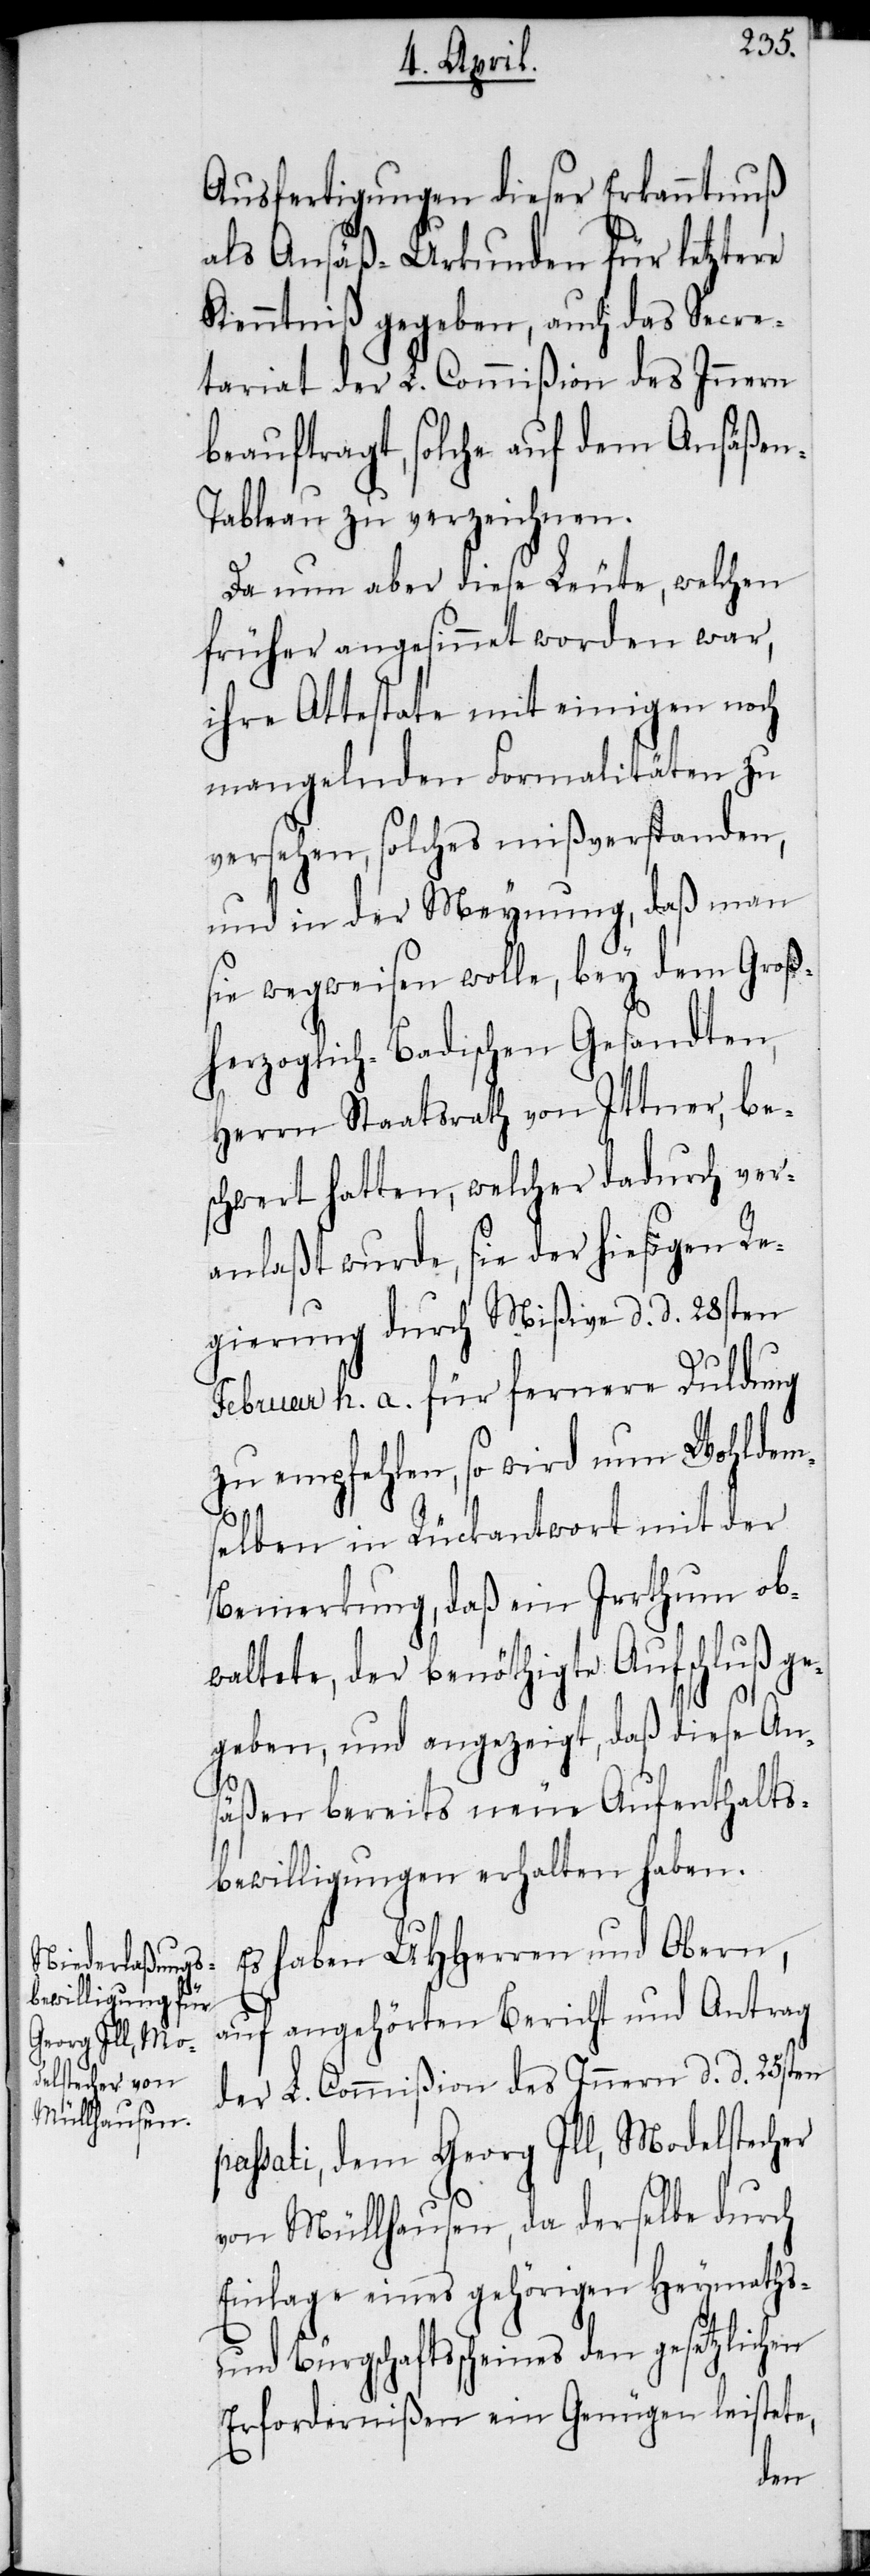
Ausfertigungen dieser Erkanntnuß
als Ansäß-Urkunden für letztere
Kenntniß gegeben, auch das Secre¬
tariat der L. Commißion des Innern
beauftragt, solche auf dem Ansäße¬
n-Tableau zu verzeichnen.
Da nun aber diese Leue, welchen
früher angesinnet worden war,
ihre Attestate mit einigen noch
mangelnden Formalitäten zu
versehen, solches mißverstanden,
und in der Meynung, daß man
sie wegweisen wolle, bey dem Groß¬
herzoglich-Badischen Gesandten,
Herrn Staatsrath von Ittner, bes¬
chwert hatten, welcher dadurch ver¬
anlaßt wurde, sie der hiesigen Re¬
gierung durch Mißive d. d. 28sten
Februar h. a. für fernere Duldung
zu empfehlen, so wird nun Wohldem¬
selben in Rückantwort mit der
Bemerkung, daß ein Irrthum ob¬
waltete, der benöthigte Aufschluß ge¬
geben, und angezeigt, daß diese An¬
säßen bereits neue Aufenthalts¬
bewilligungen erhalten haben.
Es haben UHHerren und Obern,
auf angehörten Bericht und Antrag
der L. Commißion des Innern d. d. 25sten
passati, dem Georg Ill, Modelstecher
von Müllhausen, da derselbe durch
Einlage eines gehörigen Heymaths-
und Bürgschaftsscheines den gesetzlichen
Erfordernißen ein Genügen leistete,